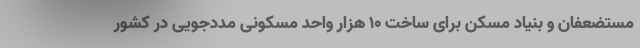
مستضعفان و بنیاد مسکن برای ساخت ۱۰ هزار واحد مسکونی مددجویی در کشور